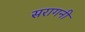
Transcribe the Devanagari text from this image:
सरागनी